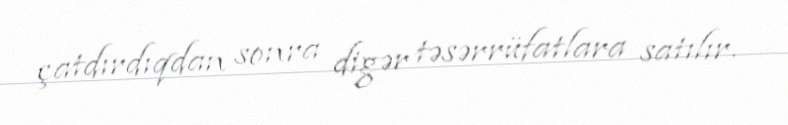
çatdırdıqdan sonra digər təsərrüfatlara satılır.